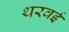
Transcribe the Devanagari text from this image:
थरवई